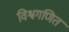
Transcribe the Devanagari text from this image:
विश्वगणित